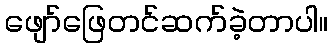
ဖျော်ဖြေတင်ဆက်ခဲ့တာပါ။